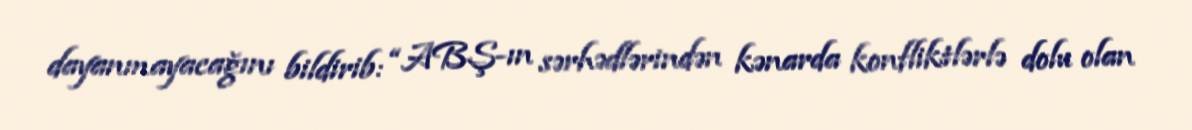
dayanmayacağını bildirib: “ABŞ-ın sərhədlərindən kənarda konfliktlərlə dolu olan